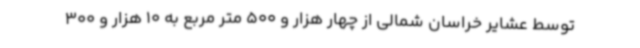
توسط عشایر خراسان شمالی از چهار هزار و 500 متر مربع به 10 هزار و 300